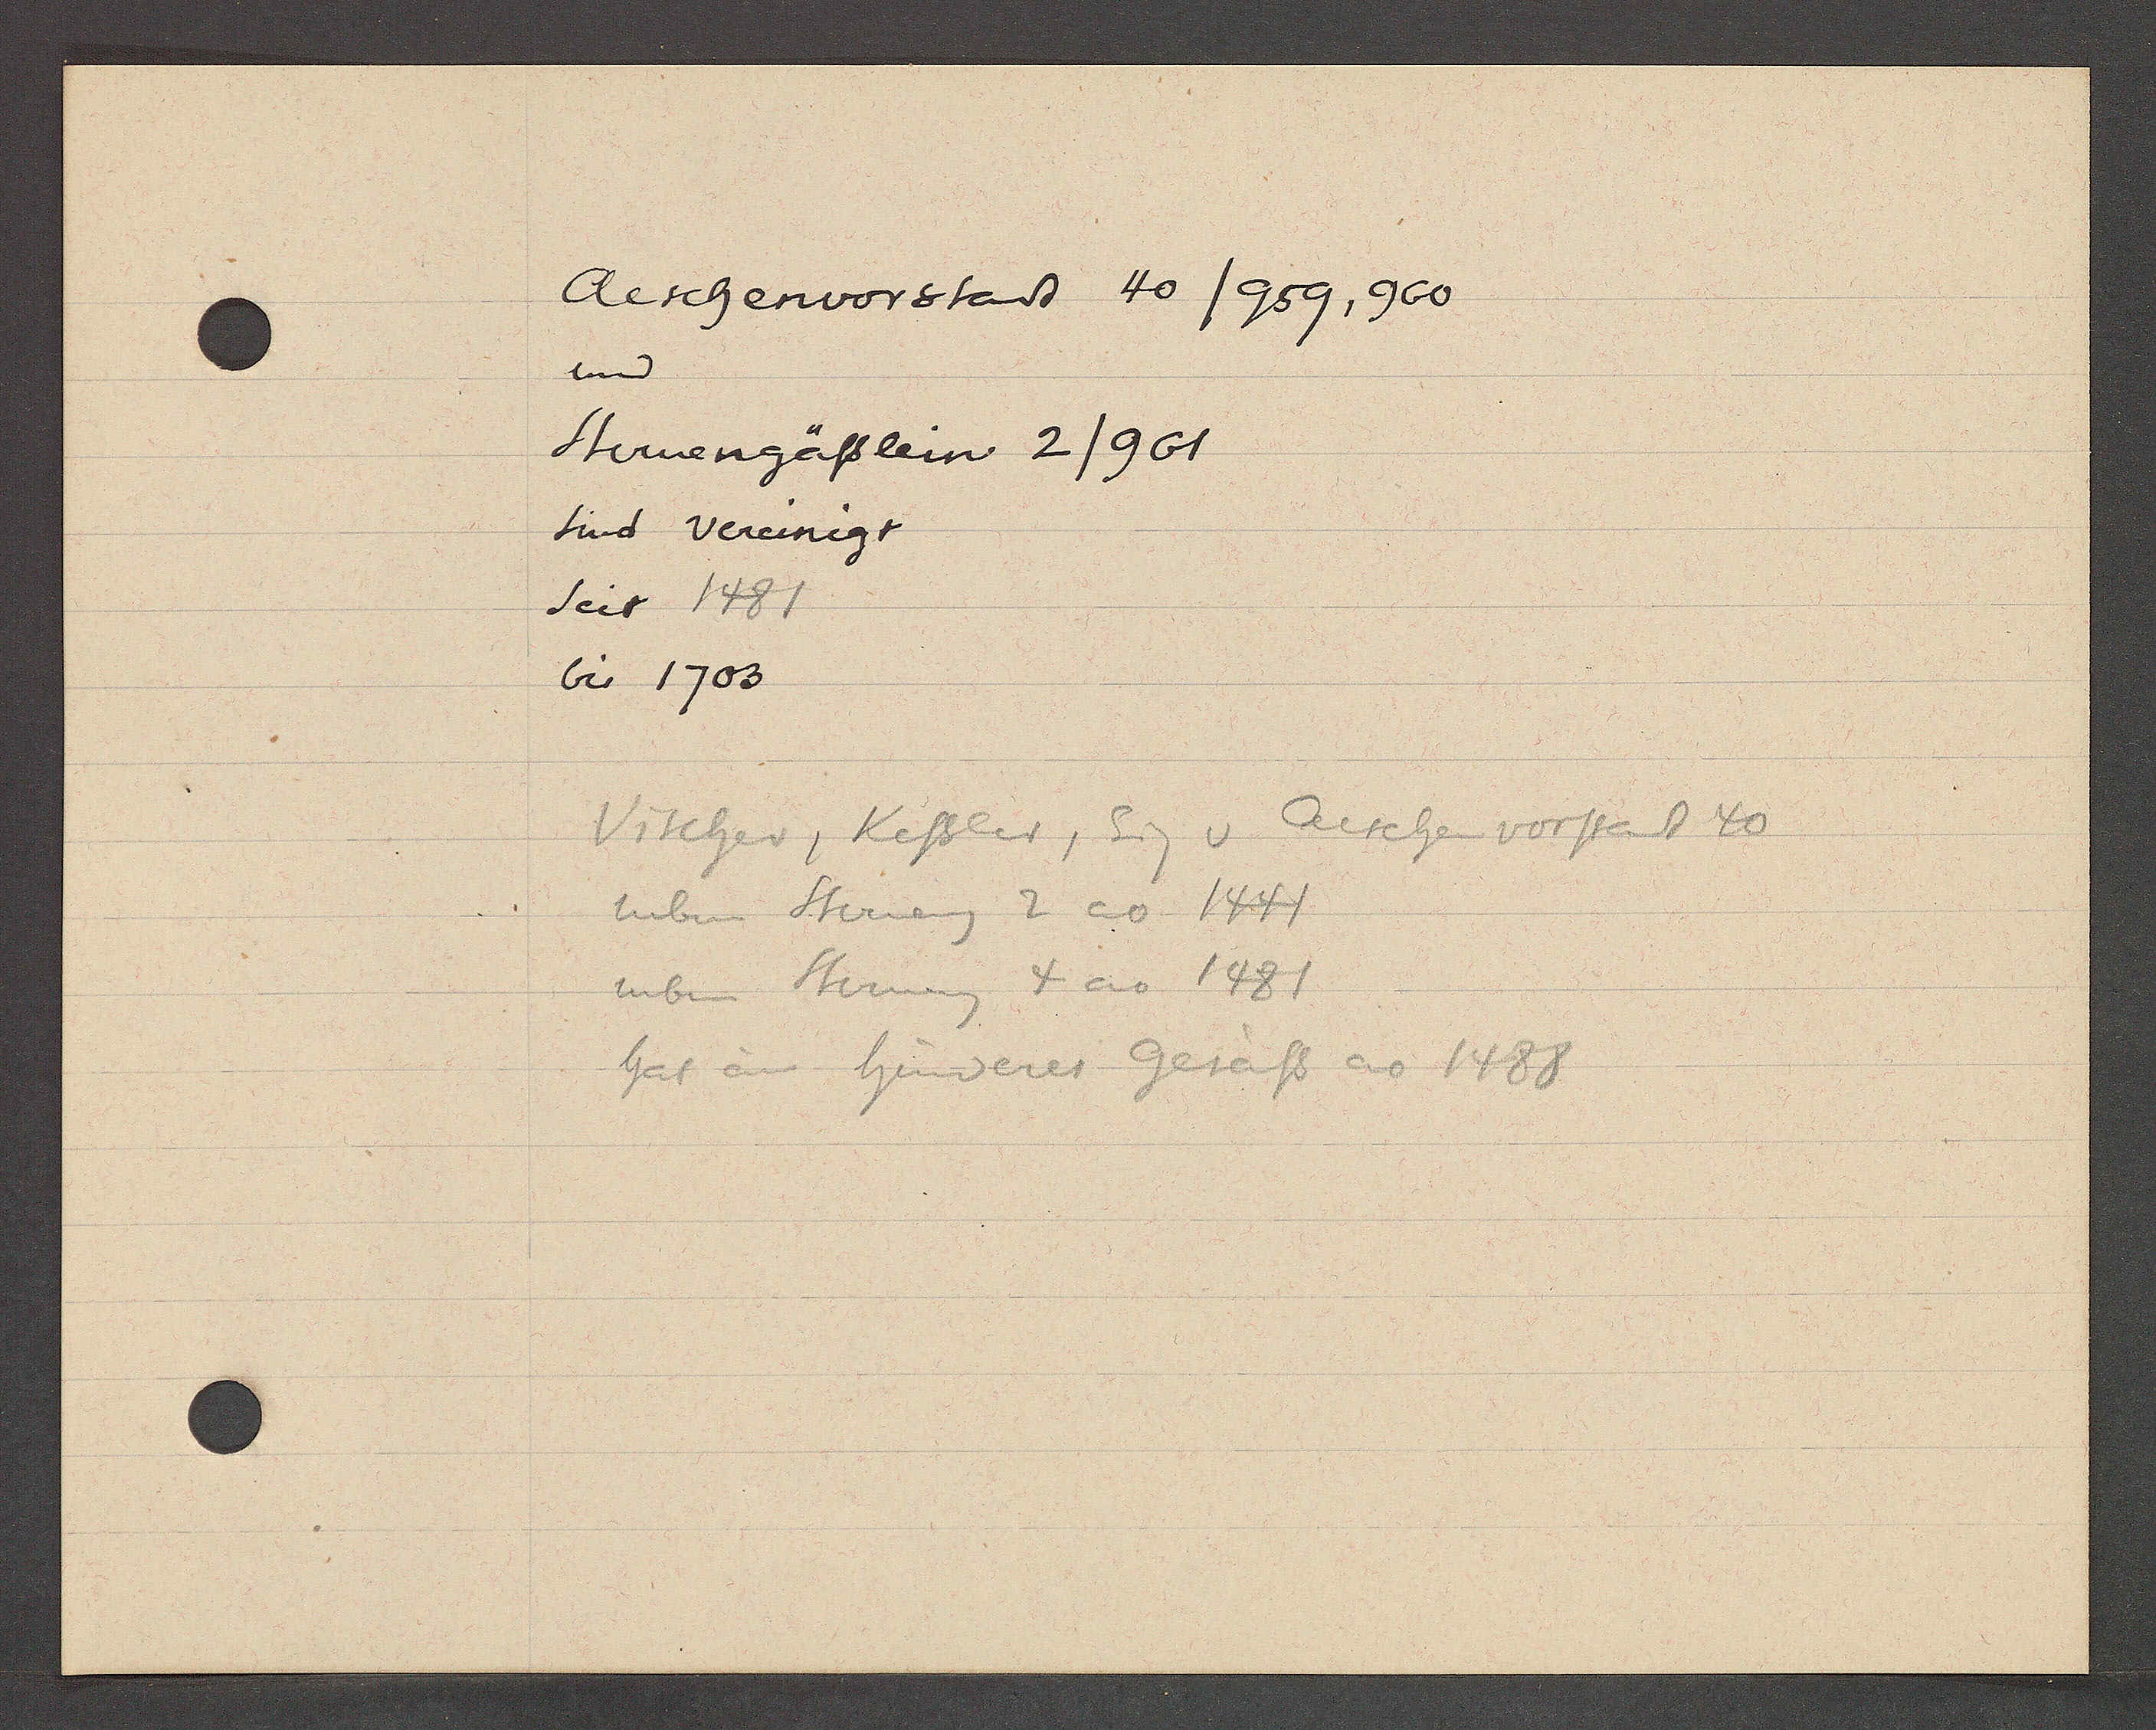
Transcript:
Aeschenvorstadt 40/959, 960
und
Sternengässlein 2/961
sind vereinigt
seit 1481
bis 1703

Vischer, Kessler, Eig v Aeschen vorstadt 40
neben Sterneng 2 ao 1441
neben Sterneng 4 ao 1481
hat am hinderes Gesäss ao 1488